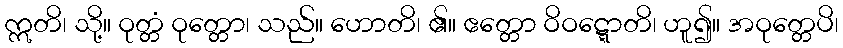
ဣတိ၊ သို့။ ဝုတ္တံ ဝုတ္တော၊ သည်။ ဟောတိ၊ ၏။ ဧတ္တော ဝိဝဋ္ဋောတိ၊ ဟူ၍။ အဝုတ္တေပိ၊